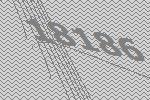
18186